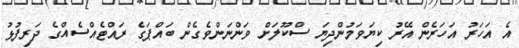
އެ އަހަރު އަހަރެން އޭރު ކިޔަވަމުންދިޔަ ސްކޫލަށް ވަންނަންވެގެން ބައްޕަގެ ރައްޓެއްސެއްގެ ދަރިފުޅު